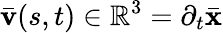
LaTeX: \mathbf{\bar{v}}(s,t)\in\mathbb{R}^{3}=\partial_{t}\mathbf{\bar{x}}